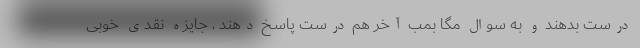
درست بدهند و به سوال مگا بمب آخر هم درست پاسخ دهند ، جایزه نقدی خوبی